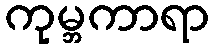
ကုမ္ဘကာရာ